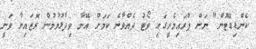
ކެންޑިޑޭޓުން" ނަށް ޕްރައިމެރީގައި ވޯޓު ދެއްވާނެ ކަމަށް އޭނާ ވިދާޅުވުމުން ރޮޒައިނާ ވަނީ